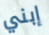
إبني